Civil Veterinary Department. United Provinces 1932-42 - 1932-1942
Year: 1932
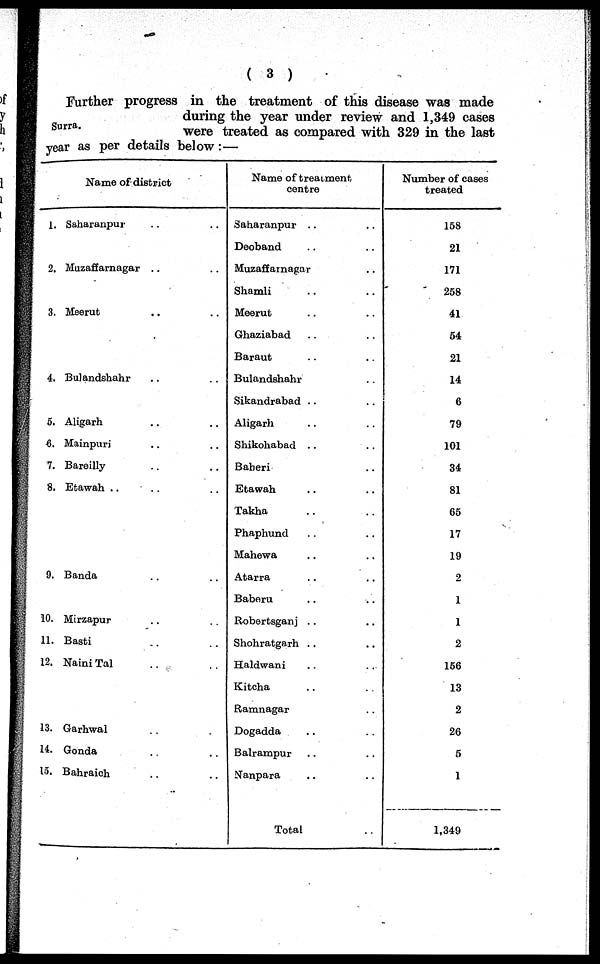
(3)
Surra.
Further progress in the treatment of this disease was made
during the year under review and 1,349 cases
were treated as compared with 329 in the last
year as per details below:—
Name of district
1.
2,
3.
4.
5.
6
7.
8.
9.
10.
11.
12.
13.
14.
15.
Saharanpur .. ..
Muzaffarnagar .. ..
Meerut .. ..
Bulandshahr .. ..
Aligarh .. ..
Mainpuri .. ..
Bareilly .. ..
Etawah .. .. ..
Banda .. ..
Mirzapur .. ..
Basti .. ..
Naini Tal .. ..
Garhwal .. ..
Gonda .. ..
Bahraich .. ..
Name of treatment
centre
Saharanpur .. ..
Deoband .. ..
Muzaffarnagar ..
Shamli .. ..
Meerut .. ..
Ghaziabad .. ..
Baraut .. ..
Bulandshahr ..
Sikandrabad .. ..
Aligarh .. ..
Shikohabad .. ..
Baberi ..
Etawah .. ..
Takha .. ..
Phaphund .. ..
Mahewa .. ..
Atarra .. ..
Baberu .. ..
Robertsganj .. ..
Shohratgarh .. ..
Haldwani .. ..
Kitcha .. ..
Ramnagar ..
Dogadda .. ..
Balrampur .. ..
Nanpara .. ..
Total ..
Number of cases
treated
158
21
171
258
41
54
21
14
6
79
101
34
81
65
17
19
2
1
1
2
156
13
2
26
5
1
1,349